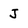
Character: J